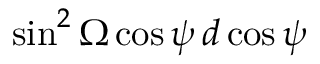
\sin ^ { 2 } \Omega \cos \psi \, d \cos \psi